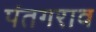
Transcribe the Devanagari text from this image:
पंतगराव